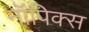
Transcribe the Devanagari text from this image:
नॉपिक्स